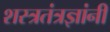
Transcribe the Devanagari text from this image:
शस्त्रतंत्रज्ञांनी